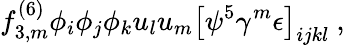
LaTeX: f_{3,m}^{(6)}\phi_{i}\phi_{j}\phi_{k}u_{l}u_{m}\left[\psi^{5}\gamma^{m}\epsilon\right]_{ijkl}\ ,